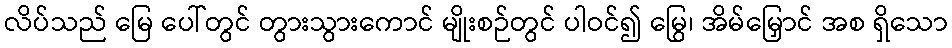
လိပ်သည် မြေ ပေါ်တွင် တွားသွားကောင် မျိုးစဉ်တွင် ပါဝင်၍ မြွေ၊ အိမ်မြှောင် အစ ရှိသော